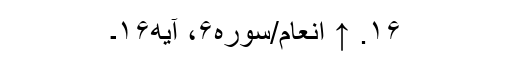
۱۶. ↑ انعام/سوره۶، آیه۱۶۔